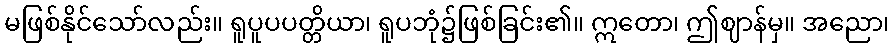
မဖြစ်နိုင်သော်လည်း။ ရူပူပပတ္တိယာ၊ ရူပဘုံ၌ဖြစ်ခြင်း၏။ ဣတော၊ ဤဈာန်မှ။ အညော၊